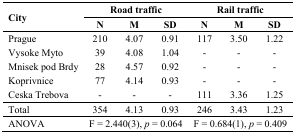
<table><thead><tr><td rowspan="2"><b>City</b></td><td colspan="3"><b>Road traffic</b></td><td colspan="3"><b>Rail traffic</b></td></tr><tr><td><b>N</b></td><td><b>M</b></td><td><b>SD</b></td><td><b>N</b></td><td><b>M</b></td><td><b>SD</b></td></tr></thead><tbody><tr><td>Prague</td><td>210</td><td>4.07</td><td>0.91</td><td>117</td><td>3.50</td><td>1.22</td></tr><tr><td>Vysoke Myto</td><td>39</td><td>4.08</td><td>1.04</td><td>-</td><td>-</td><td>-</td></tr><tr><td>Mnisek pod Brdy</td><td>28</td><td>4.57</td><td>0.92</td><td>-</td><td>-</td><td>-</td></tr><tr><td>Koprivnice</td><td>77</td><td>4.14</td><td>0.93</td><td>-</td><td>-</td><td>-</td></tr><tr><td>Ceska Trebova</td><td>-</td><td>-</td><td>-</td><td>111</td><td>3.36</td><td>1.25</td></tr><tr><td>Total</td><td>354</td><td>4.13</td><td>0.93</td><td>246</td><td>3.43</td><td>1.23</td></tr><tr><td>ANOVA</td><td colspan="3">F = 2.440(3),<i>p</i> = 0.064</td><td colspan="3">F = 0.684(1),<i>p</i> = 0.409</td></tr></tbody></table>